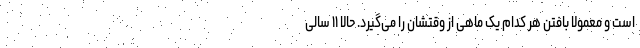
است و معمولا بافتن هر کدام یک ماهی از وقتشان را می‌گیرد. حالا ۱۱ سالی